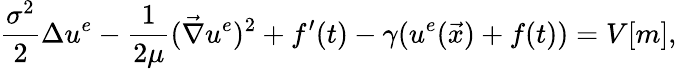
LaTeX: \frac{\sigma^{2}}{2}\Delta{u^{e}}-\frac{1}{2\mu}(\vec{\nabla}u^{e})^{2}+f^{\prime}(t)-\gamma(u^{e}(\vec{x})+f(t))=V[m],